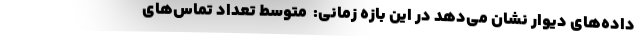
داده‌های دیوار نشان می‌دهد در این بازه زمانی:  متوسط تعداد تماس‌های